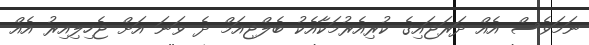
ނަމަވެސް އެއް ދަރަޖައިގެ ކުރިއެރުމަކާއެކު ބެލްޖިއަމް ދެ ވަނަ އަށް ޖެހިލިއިރު އެއް